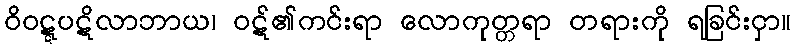
ဝိဝဋ္ဋပဋိလာဘာယ၊ ဝဋ်၏ကင်းရာ လောကုတ္တရာ တရားကို ရခြင်းငှာ။